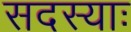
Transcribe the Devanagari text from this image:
सदस्याः